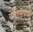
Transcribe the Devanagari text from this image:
वेलोसिपीड